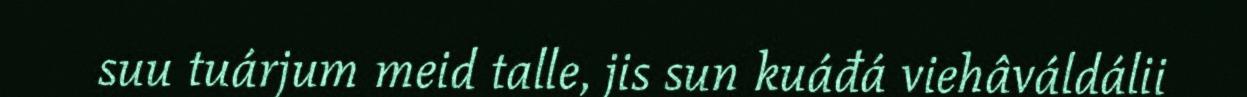
suu tuárjum meid talle, jis sun kuáđá viehâváldálii